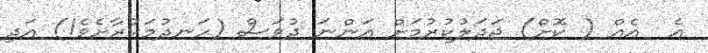
އެ  އެއް ( ކޮށް) ޖަދަލުކުރުމަށް އަންނަ ދުވަސް (ހަނދުމަކުރާށެވެ!) އަދި